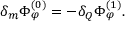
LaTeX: \delta _ { m } \Phi _ { \varphi } ^ { ( 0 ) } = - \delta _ { Q } \Phi _ { \varphi } ^ { ( 1 ) } .